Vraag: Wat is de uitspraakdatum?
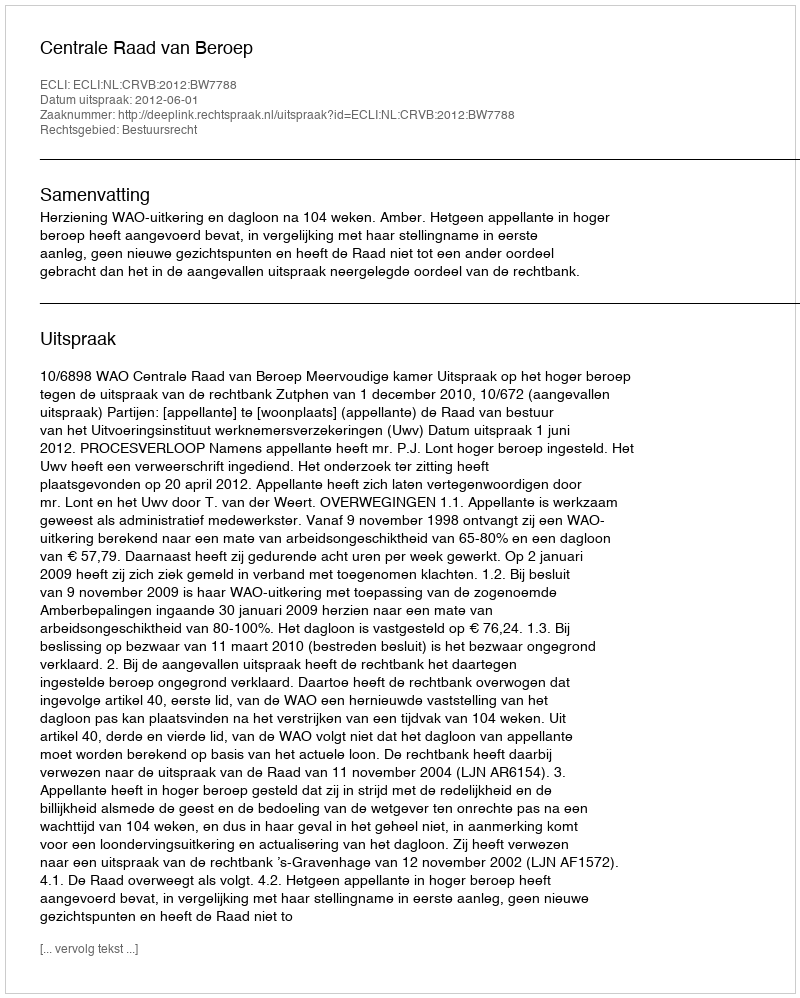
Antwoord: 2012-06-01